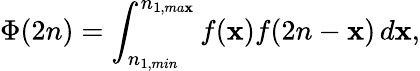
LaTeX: \Phi(2n)=\int_{n_{1,min}}^{n_{1,ma\mathbf{x}}}f(\mathbf{x})f(2n-\mathbf{x})\, d\mathbf{x},